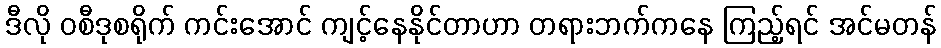
ဒီလို ဝစီဒုစရိုက် ကင်းအောင် ကျင့်နေနိုင်တာဟာ တရားဘက်ကနေ ကြည့်ရင် အင်မတန်